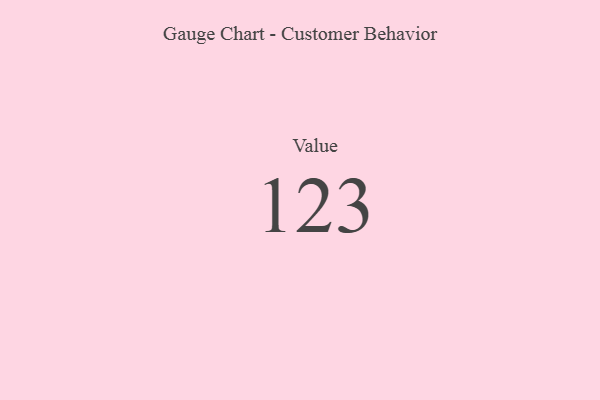
{"axis": {"x": "Metric", "y": "Value"}, "legend": [""], "data": [{"x": "Value", "y": 123, "type": ""}]}